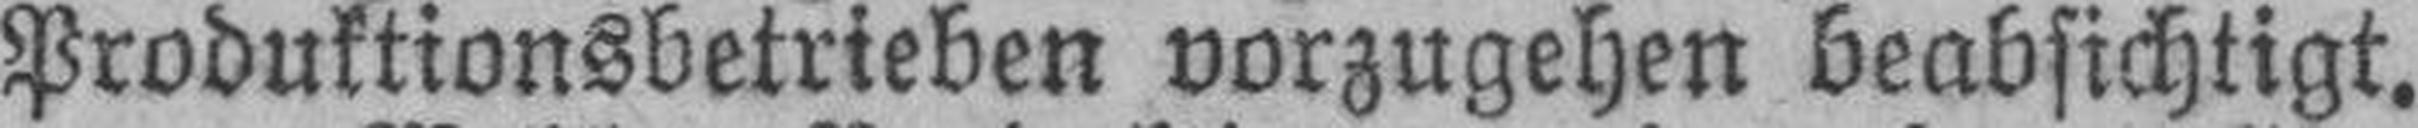
Produktionsbetrieben vorzugehen beabsichtigt.